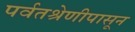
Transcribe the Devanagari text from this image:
पर्वतश्रेणीपासून